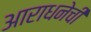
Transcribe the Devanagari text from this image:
आराधनेची